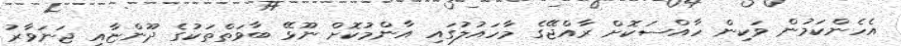
އެހެންކަމުން ވަކިން ހާއްސަކޮށް ރާއްޖޭގެ މާހައުލުގައި އާންމުކޮށް ނޫޅޭ ބާވަތްތަކުގެ ދޫންޏާއި ޖަނަވާރު